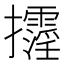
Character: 𢺓